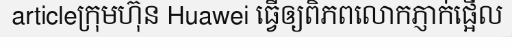
articleក្រុមហ៊ុន Huawei ធ្វើឲ្យពិភពលោកភ្ញាក់ផ្អើល